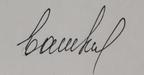
Signature authenticity: forged